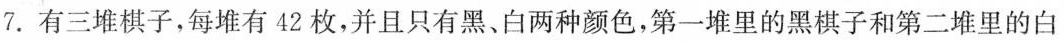
7.有三堆棋子，每堆有42枚，并且只有黑、白两种颜色，第一堆里的黑棋子和第二堆里的白